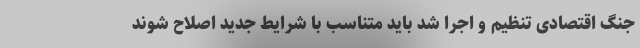
جنگ اقتصادی تنظیم و اجرا شد باید متناسب با شرایط جدید اصلاح شوند